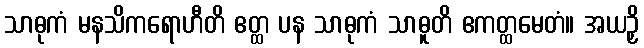
သာဓုကံ မနသိကရောဟီတိ ဧတ္ထ ပန သာဓုကံ သာဓူတိ ဧကတ္ထမေတံ။ အယဉှိ